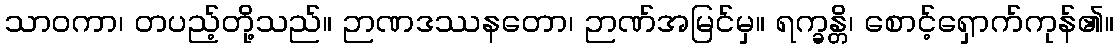
သာဝကာ၊ တပည့်တို့သည်။ ဉာဏဒဿနတော၊ ဉာဏ်အမြင်မှ။ ရက္ခန္တိ၊ စောင့်ရှောက်ကုန်၏။